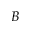
B